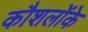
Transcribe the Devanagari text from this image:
कौशलोंके